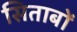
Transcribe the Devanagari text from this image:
सिताबों